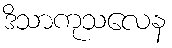
ဒိသာကုသလေန